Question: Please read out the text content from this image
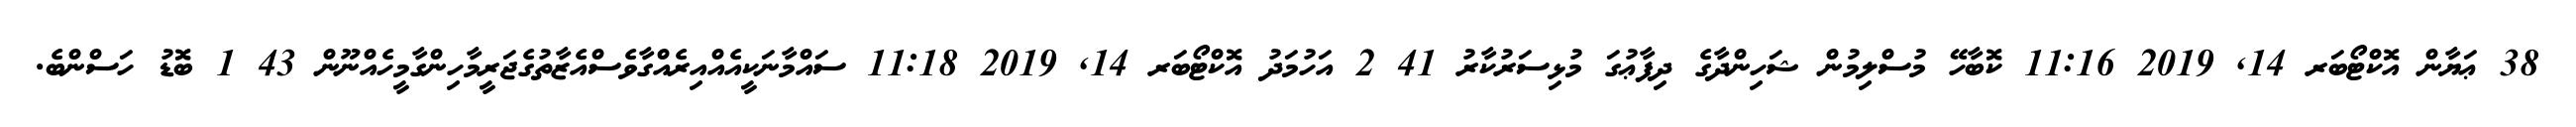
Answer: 38 ޢަޔާން އޮކްޓޯބަރ 14, 2019 11:16 ކޮބާހޭ މުސްލިމުން ޝަހިންދާގެ ދިފާޢުގަ މުޅިސަރުކާރު 41 2 އަހުމަދު އޮކްޓޯބަރ 14, 2019 11:18 ސައްމާނަކީއެއްއިރެއްގާވެސްއެޒާތުގެޖަރީމާހިންގާމީހެއްނޫން 43 1 ބޮޑު ހަސްންބެ.